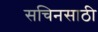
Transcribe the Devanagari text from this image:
सचिनसाठी